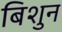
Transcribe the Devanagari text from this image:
बिशुन